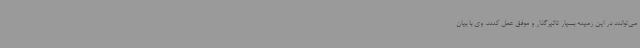
می‌توانند در این زمینه بسیار تاثیرگذار و موفق عمل کنند. وی با بیان